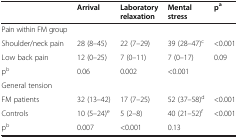
<table><thead><tr><td><b> </b></td><td><b>Arrival</b></td><td><b>Laboratory relaxation</b></td><td><b>Mental stress</b></td><td><b>p<sup>a</sup></b></td></tr></thead><tbody><tr><td>Pain within FM group</td><td> </td><td> </td><td> </td><td> </td></tr><tr><td>Shoulder/neck pain</td><td>28 (8–45)</td><td>22 (7–29)</td><td>39 (28–47)<sup>c</sup></td><td>&lt;0.001</td></tr><tr><td>Low back pain</td><td>12 (0–25)</td><td>7 (0–11)</td><td>7 (0–17)</td><td>0.09</td></tr><tr><td>p<sup>b</sup></td><td>0.06</td><td>0.002</td><td>&lt;0.001</td><td> </td></tr><tr><td>General tension</td><td> </td><td> </td><td> </td><td> </td></tr><tr><td>FM patients</td><td>32 (13–42)</td><td>17 (7–25)</td><td>52 (37–58)<sup>d</sup></td><td>&lt;0.001</td></tr><tr><td>Controls</td><td>10 (5–24)<sup>e</sup></td><td>5 (2–8)</td><td>40 (21–52)<sup>f</sup></td><td>&lt;0.001</td></tr><tr><td>p<sup>b</sup></td><td>0.007</td><td>&lt;0.001</td><td>0.13</td><td> </td></tr></tbody></table>